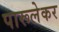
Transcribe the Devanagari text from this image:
पारूलेकर